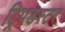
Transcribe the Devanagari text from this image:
ट्रिपडस्टर